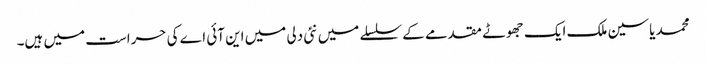
محمد یاسین ملک ایک جھوٹے مقدمے کے سلسلے میں نئی دلی میں این آئی اے کی حراست میں ہیں۔